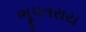
ભૂપતરાય